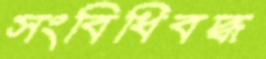
সংবিধিবদ্ধ